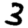
Digit: 3